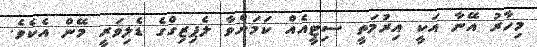
މިހާރު އޭނާ އަކީ އިރުމަތީ ސިޓީއެއް ކަމަށްވާ ލެޕިޒިގްގެ ޑެލިވަރީ މޭން އެކެވެ.